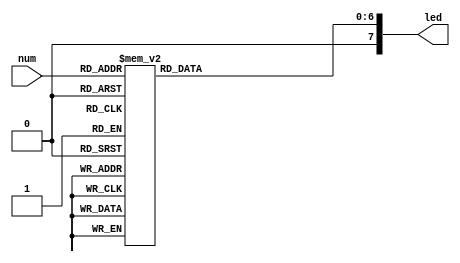
/*
   This file was generated automatically by the Mojo IDE version B1.3.6.
   Do not edit this file directly. Instead edit the original Lucid source.
   This is a temporary file and any changes made to it will be destroyed.
*/

module ledhelper_1 (
    input [3:0] num,
    output reg [7:0] led
  );
  
  
  
  always @* begin
    led = 8'h00;
    
    case (num)
      1'h0: begin
        led[0+0-:1] = 1'h0;
        led[1+0-:1] = 1'h0;
        led[2+0-:1] = 1'h0;
        led[3+0-:1] = 1'h0;
        led[4+0-:1] = 1'h0;
        led[5+0-:1] = 1'h0;
        led[6+0-:1] = 1'h1;
      end
      1'h1: begin
        led[0+0-:1] = 1'h1;
        led[1+0-:1] = 1'h0;
        led[2+0-:1] = 1'h0;
        led[3+0-:1] = 1'h1;
        led[4+0-:1] = 1'h1;
        led[5+0-:1] = 1'h1;
        led[6+0-:1] = 1'h1;
      end
      2'h2: begin
        led[0+0-:1] = 1'h0;
        led[1+0-:1] = 1'h0;
        led[2+0-:1] = 1'h1;
        led[3+0-:1] = 1'h0;
        led[4+0-:1] = 1'h0;
        led[5+0-:1] = 1'h1;
        led[6+0-:1] = 1'h0;
      end
      2'h3: begin
        led[0+0-:1] = 1'h0;
        led[1+0-:1] = 1'h0;
        led[2+0-:1] = 1'h0;
        led[3+0-:1] = 1'h0;
        led[4+0-:1] = 1'h1;
        led[5+0-:1] = 1'h1;
        led[6+0-:1] = 1'h0;
      end
      3'h4: begin
        led[0+0-:1] = 1'h1;
        led[1+0-:1] = 1'h0;
        led[2+0-:1] = 1'h0;
        led[3+0-:1] = 1'h1;
        led[4+0-:1] = 1'h1;
        led[5+0-:1] = 1'h0;
        led[6+0-:1] = 1'h0;
      end
      3'h5: begin
        led[0+0-:1] = 1'h0;
        led[1+0-:1] = 1'h1;
        led[2+0-:1] = 1'h0;
        led[3+0-:1] = 1'h0;
        led[4+0-:1] = 1'h1;
        led[5+0-:1] = 1'h0;
        led[6+0-:1] = 1'h0;
      end
      3'h6: begin
        led[0+0-:1] = 1'h0;
        led[1+0-:1] = 1'h1;
        led[2+0-:1] = 1'h0;
        led[3+0-:1] = 1'h0;
        led[4+0-:1] = 1'h0;
        led[5+0-:1] = 1'h0;
        led[6+0-:1] = 1'h0;
      end
      3'h7: begin
        led[0+0-:1] = 1'h0;
        led[1+0-:1] = 1'h0;
        led[2+0-:1] = 1'h0;
        led[3+0-:1] = 1'h1;
        led[4+0-:1] = 1'h1;
        led[5+0-:1] = 1'h1;
        led[6+0-:1] = 1'h1;
      end
      4'h8: begin
        led[0+0-:1] = 1'h0;
        led[1+0-:1] = 1'h0;
        led[2+0-:1] = 1'h0;
        led[3+0-:1] = 1'h0;
        led[4+0-:1] = 1'h0;
        led[5+0-:1] = 1'h0;
        led[6+0-:1] = 1'h0;
      end
      4'h9: begin
        led[0+0-:1] = 1'h0;
        led[1+0-:1] = 1'h0;
        led[2+0-:1] = 1'h0;
        led[3+0-:1] = 1'h0;
        led[4+0-:1] = 1'h1;
        led[5+0-:1] = 1'h0;
        led[6+0-:1] = 1'h0;
      end
      4'ha: begin
        led[0+0-:1] = 1'h0;
        led[1+0-:1] = 1'h0;
        led[2+0-:1] = 1'h0;
        led[3+0-:1] = 1'h1;
        led[4+0-:1] = 1'h0;
        led[5+0-:1] = 1'h0;
        led[6+0-:1] = 1'h0;
      end
      4'hb: begin
        led[0+0-:1] = 1'h1;
        led[1+0-:1] = 1'h1;
        led[2+0-:1] = 1'h0;
        led[3+0-:1] = 1'h0;
        led[4+0-:1] = 1'h0;
        led[5+0-:1] = 1'h0;
        led[6+0-:1] = 1'h0;
      end
      4'hc: begin
        led[0+0-:1] = 1'h1;
        led[1+0-:1] = 1'h1;
        led[2+0-:1] = 1'h1;
        led[3+0-:1] = 1'h0;
        led[4+0-:1] = 1'h0;
        led[5+0-:1] = 1'h1;
        led[6+0-:1] = 1'h0;
      end
      4'hd: begin
        led[0+0-:1] = 1'h1;
        led[1+0-:1] = 1'h0;
        led[2+0-:1] = 1'h0;
        led[3+0-:1] = 1'h0;
        led[4+0-:1] = 1'h0;
        led[5+0-:1] = 1'h1;
        led[6+0-:1] = 1'h0;
      end
      4'he: begin
        led[0+0-:1] = 1'h0;
        led[1+0-:1] = 1'h0;
        led[2+0-:1] = 1'h1;
        led[3+0-:1] = 1'h0;
        led[4+0-:1] = 1'h0;
        led[5+0-:1] = 1'h0;
        led[6+0-:1] = 1'h0;
      end
      4'hf: begin
        led[0+0-:1] = 1'h0;
        led[1+0-:1] = 1'h1;
        led[2+0-:1] = 1'h1;
        led[3+0-:1] = 1'h1;
        led[4+0-:1] = 1'h0;
        led[5+0-:1] = 1'h0;
        led[6+0-:1] = 1'h0;
      end
    endcase
  end
endmodule